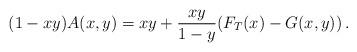
LaTeX: \begin{align*}(1-xy)A(x,y)=xy+\frac{xy}{1-y}(F_T(x)-G(x,y))\,.\end{align*}